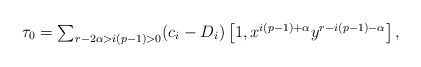
\begin{align*}\smash{\tau_0} & \textstyle= \sum_{r - 2\alpha > i(p-1) > 0} (c_i - D_i) \left[1,x^{i(p-1)+\alpha}y^{r-i(p-1)-\alpha}\right],\end{align*}